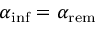
\alpha _ { \mathrm { i n f } } = \alpha _ { \mathrm { r e m } }